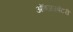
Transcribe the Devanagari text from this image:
ऑब्‍जरबेटरी